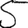
Digit: 5